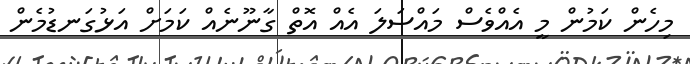
މިހެން ކަމުން މީ އެއްވެސް މައްސަލަ އެއް އޮތް ގާނޫނެއް ކަމަށް އަޅުގަނޑުމެން